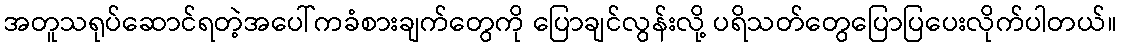
အတူသရုပ်ဆောင်ရတဲ့အပေါ်ကခံစားချက်တွေကို ပြောချင်လွန်းလို့ ပရိသတ်တွေပြောပြပေးလိုက်ပါတယ်။